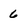
Character: 6